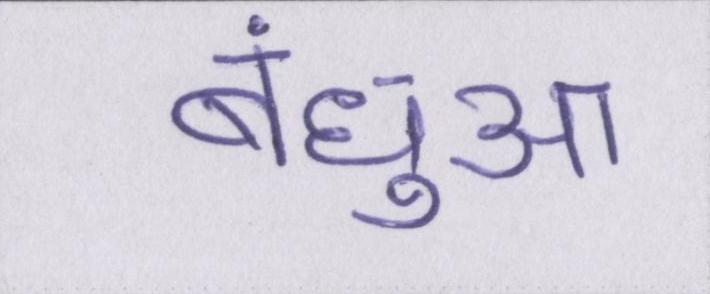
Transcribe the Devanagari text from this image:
बंधुआ